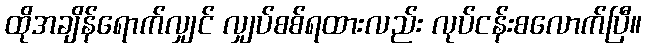
ထိုအချိန်ရောက်လျှင် လျှပ်စစ်ရထားလည်း လုပ်ငန်းစလောက်ပြီ။